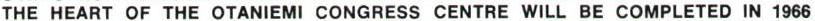
THE HEART OF THE OTANIEMI CONGRESS CENTRE WILL BE COMPLETED IN 1966